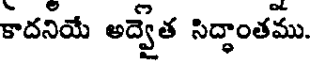
కాదనియే అద్వేత సిద్ధాంతము.